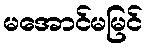
မအောင်မမြင်